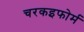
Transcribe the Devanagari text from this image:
चरकइफोर्म